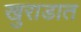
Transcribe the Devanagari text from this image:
खुराडात